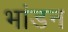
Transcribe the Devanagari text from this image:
भांडन